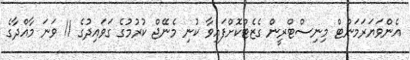
އެންވަޔަރަމަންޓް މިނިސްޓްރީން ގެޒެޓްކޮށްފައިވާ ކުނި މެނޭޖް ކުރުމުގެ ގަވައިދުގެ 11 ވަނަ މާއްދާގެ